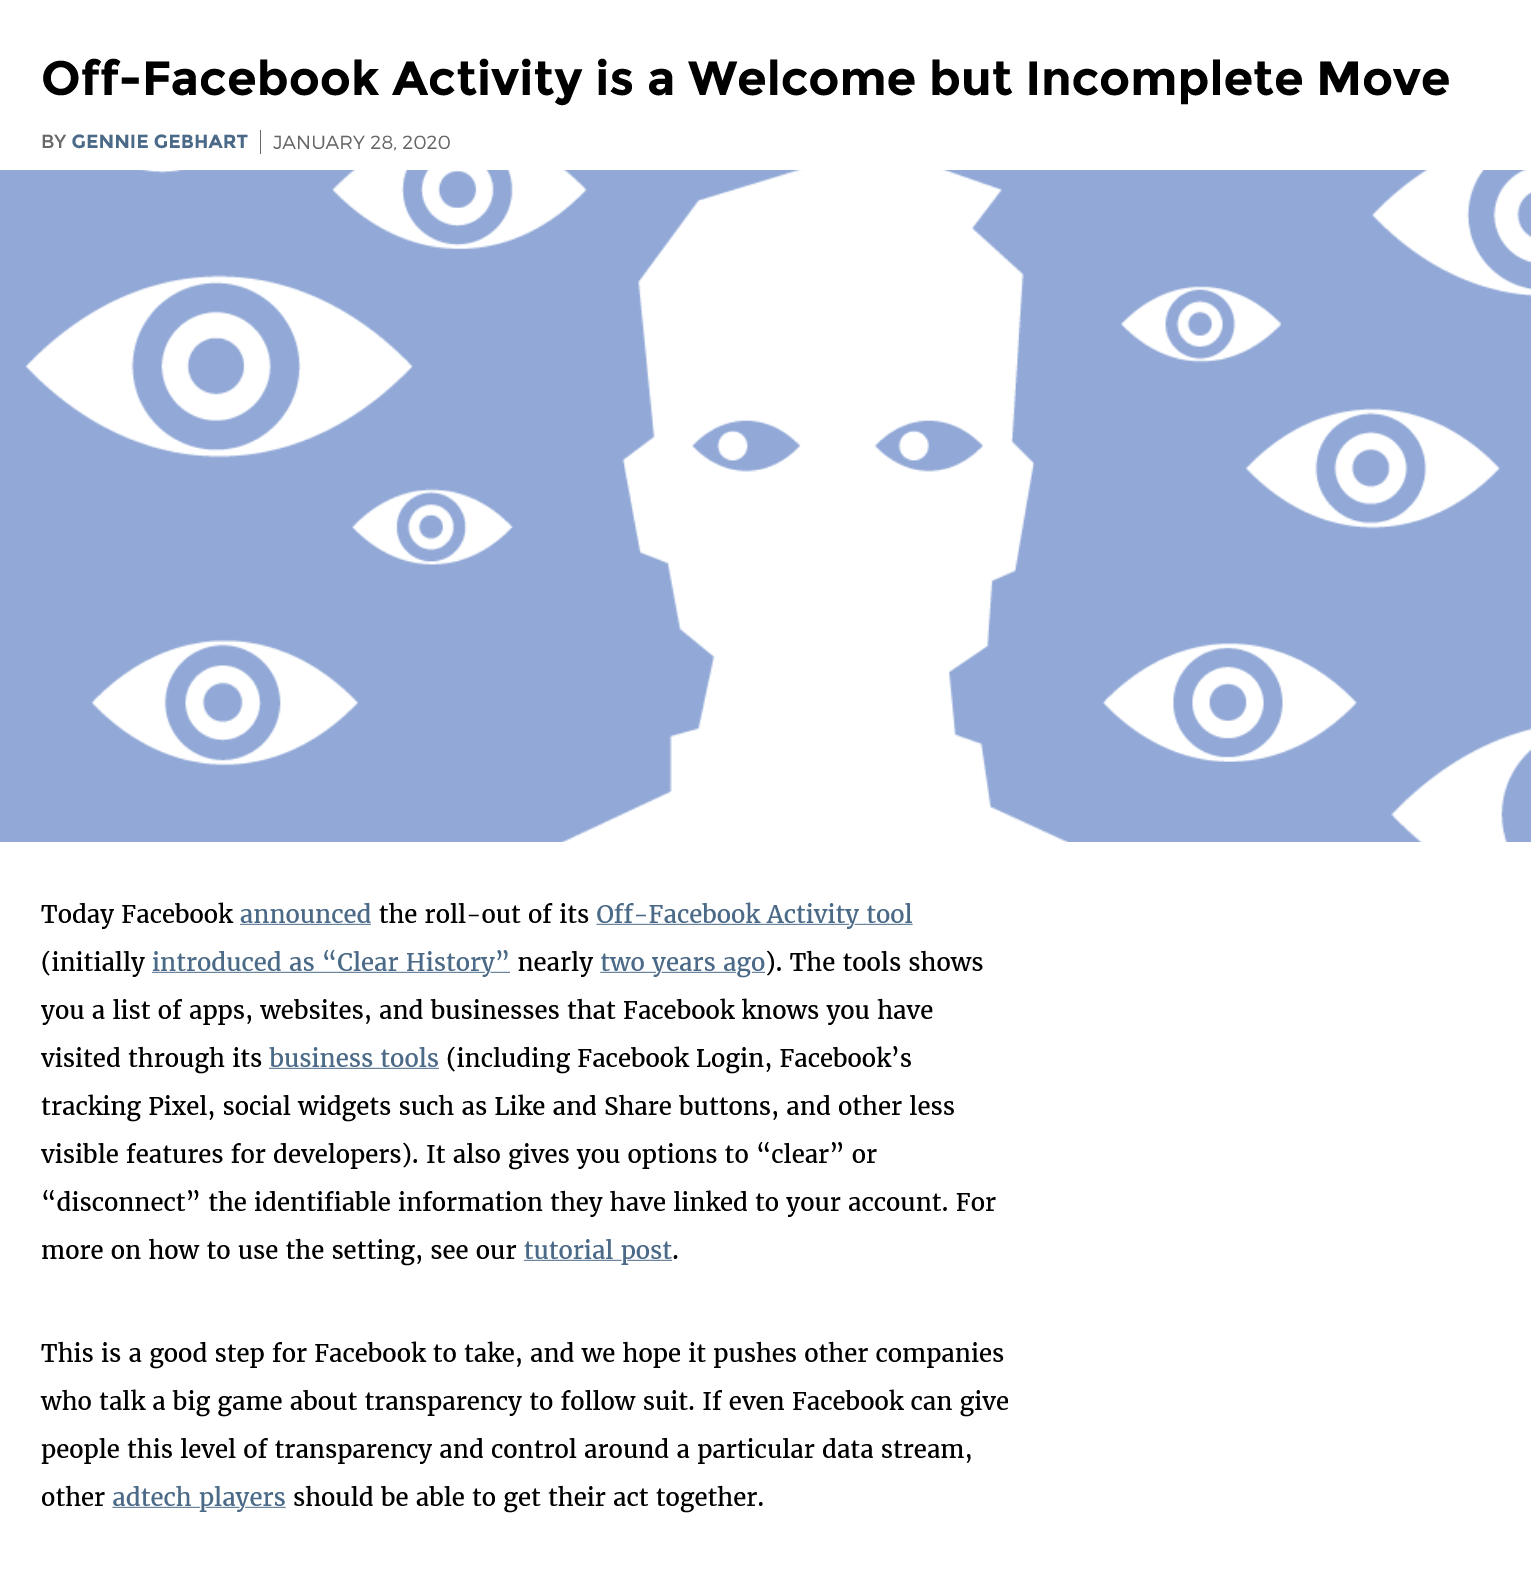
Off-Facebook    Activity    is a  Welcome    but    Incomplete    Move
    BY GENNIE GEBHART | JANUARY 28, 2020
   Today Facebook announced the roll-out of its Off-Facebook Activity tool
    (initially introduced as “Clear History” nearly two years ago). The tools shows

   you a list of apps, websites, and businesses that Facebook knows you have
   visited through its business tools (including Facebook Login, Facebook’s
    tracking Pixel, social widgets such as Like and Share buttons, and other less
   visible features for developers). It also gives you options to “clear” or
    “disconnect” the identifiable information they have linked to your account. For
    more on how to use the setting, see our tutorial post.
   This is a good step for Facebook to take, and we hope it pushes other companies
   who talk a big game about transparency to follow suit. If even Facebook can give
    people this level of transparency and control around a particular data stream,
    other adtech players should be able to get their act together.